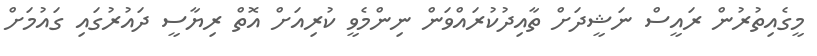
މީގެއިތުރުން ރައީސް ނަޝީދަށް ތާއިދުކުރައްވަން ނިންމެވީ ކުރިއަށް އޮތް ރިޔާސީ ދައުރުގައި ގައުމަށް